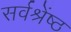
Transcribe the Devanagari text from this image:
सर्वश्रेंष्ठ